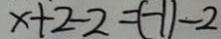
x + 2 - 2 = ( - 1 ) - 2